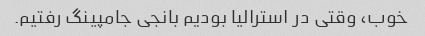
خوب، وقتی در استرالیا بودیم بانجی جامپینگ رفتیم.